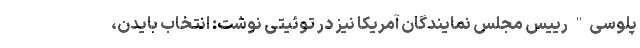
پلوسی" رییس مجلس نمایندگان آمریکا نیز در توئیتی نوشت: انتخاب بایدن،